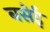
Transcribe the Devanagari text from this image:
बसेईं